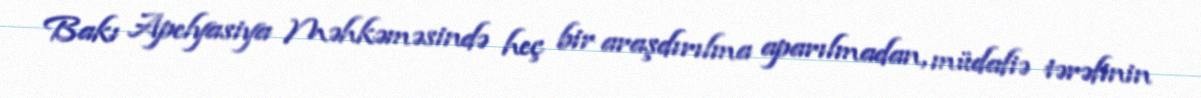
Bakı Apelyasiya Məhkəməsində heç bir araşdırılma aparılmadan, müdafiə tərəfinin